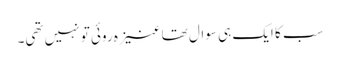
سب کا ایک ہی سوال تھا عنیزہ روئی تو نہیں تھی۔